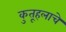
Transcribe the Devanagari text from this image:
कुतूहलाचे